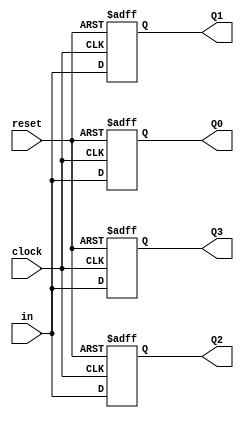
/*
Nomes: Pedro Augusto, Tulio Horta
Data: 10/11/22
Projeto: registrador
*/

module registrador(Q3,Q2,Q1,Q0,in,reset,clock);
input reset, clock, in;
output reg Q3,Q2,Q1,Q0;

//clock borda de subida
//reset quando for 0

always @ (posedge clock or negedge reset) // todos tem que estar com borda
	begin
		if(reset == 0) // se reset for 0, todos viram 1
			begin
				Q3 = 1'b0;
				Q2 = 1'b0;
				Q1 = 1'b0;
				Q0 = 1'b0;
			end
		else
			begin	
				Q3 = in;
				Q2 = Q3;
				Q1 = Q2;
				Q0 = Q1;
			end
	end

endmodule